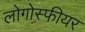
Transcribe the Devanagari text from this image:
लोगोस्फीयर